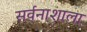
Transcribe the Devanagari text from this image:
सर्वनाशाला